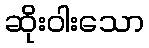
ဆိုးဝါးသော